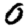
Digit: 0